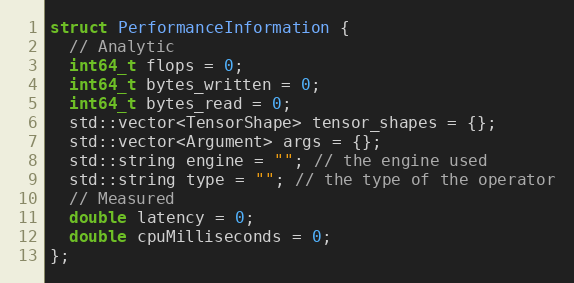
Language: C
struct PerformanceInformation {
  // Analytic
  int64_t flops = 0;
  int64_t bytes_written = 0;
  int64_t bytes_read = 0;
  std::vector<TensorShape> tensor_shapes = {};
  std::vector<Argument> args = {};
  std::string engine = ""; // the engine used
  std::string type = ""; // the type of the operator
  // Measured
  double latency = 0;
  double cpuMilliseconds = 0;
};